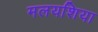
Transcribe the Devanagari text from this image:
मलयशिया